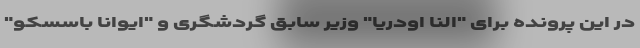
در این پرونده برای "النا اودریا" وزیر سابق گردشگری و "ایوانا باسسکو"